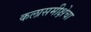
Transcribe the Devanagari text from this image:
कलासमीक्षेचा